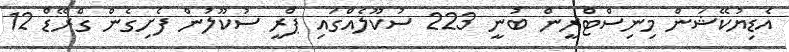
އެޑިޔުކޭޝަން މިނިސްޓްރީން ބުނީ 223 ސުކޫލެއްގައި ޕްރީ ސުކޫލުން ފެށިގެން ގްރޭޑް 12